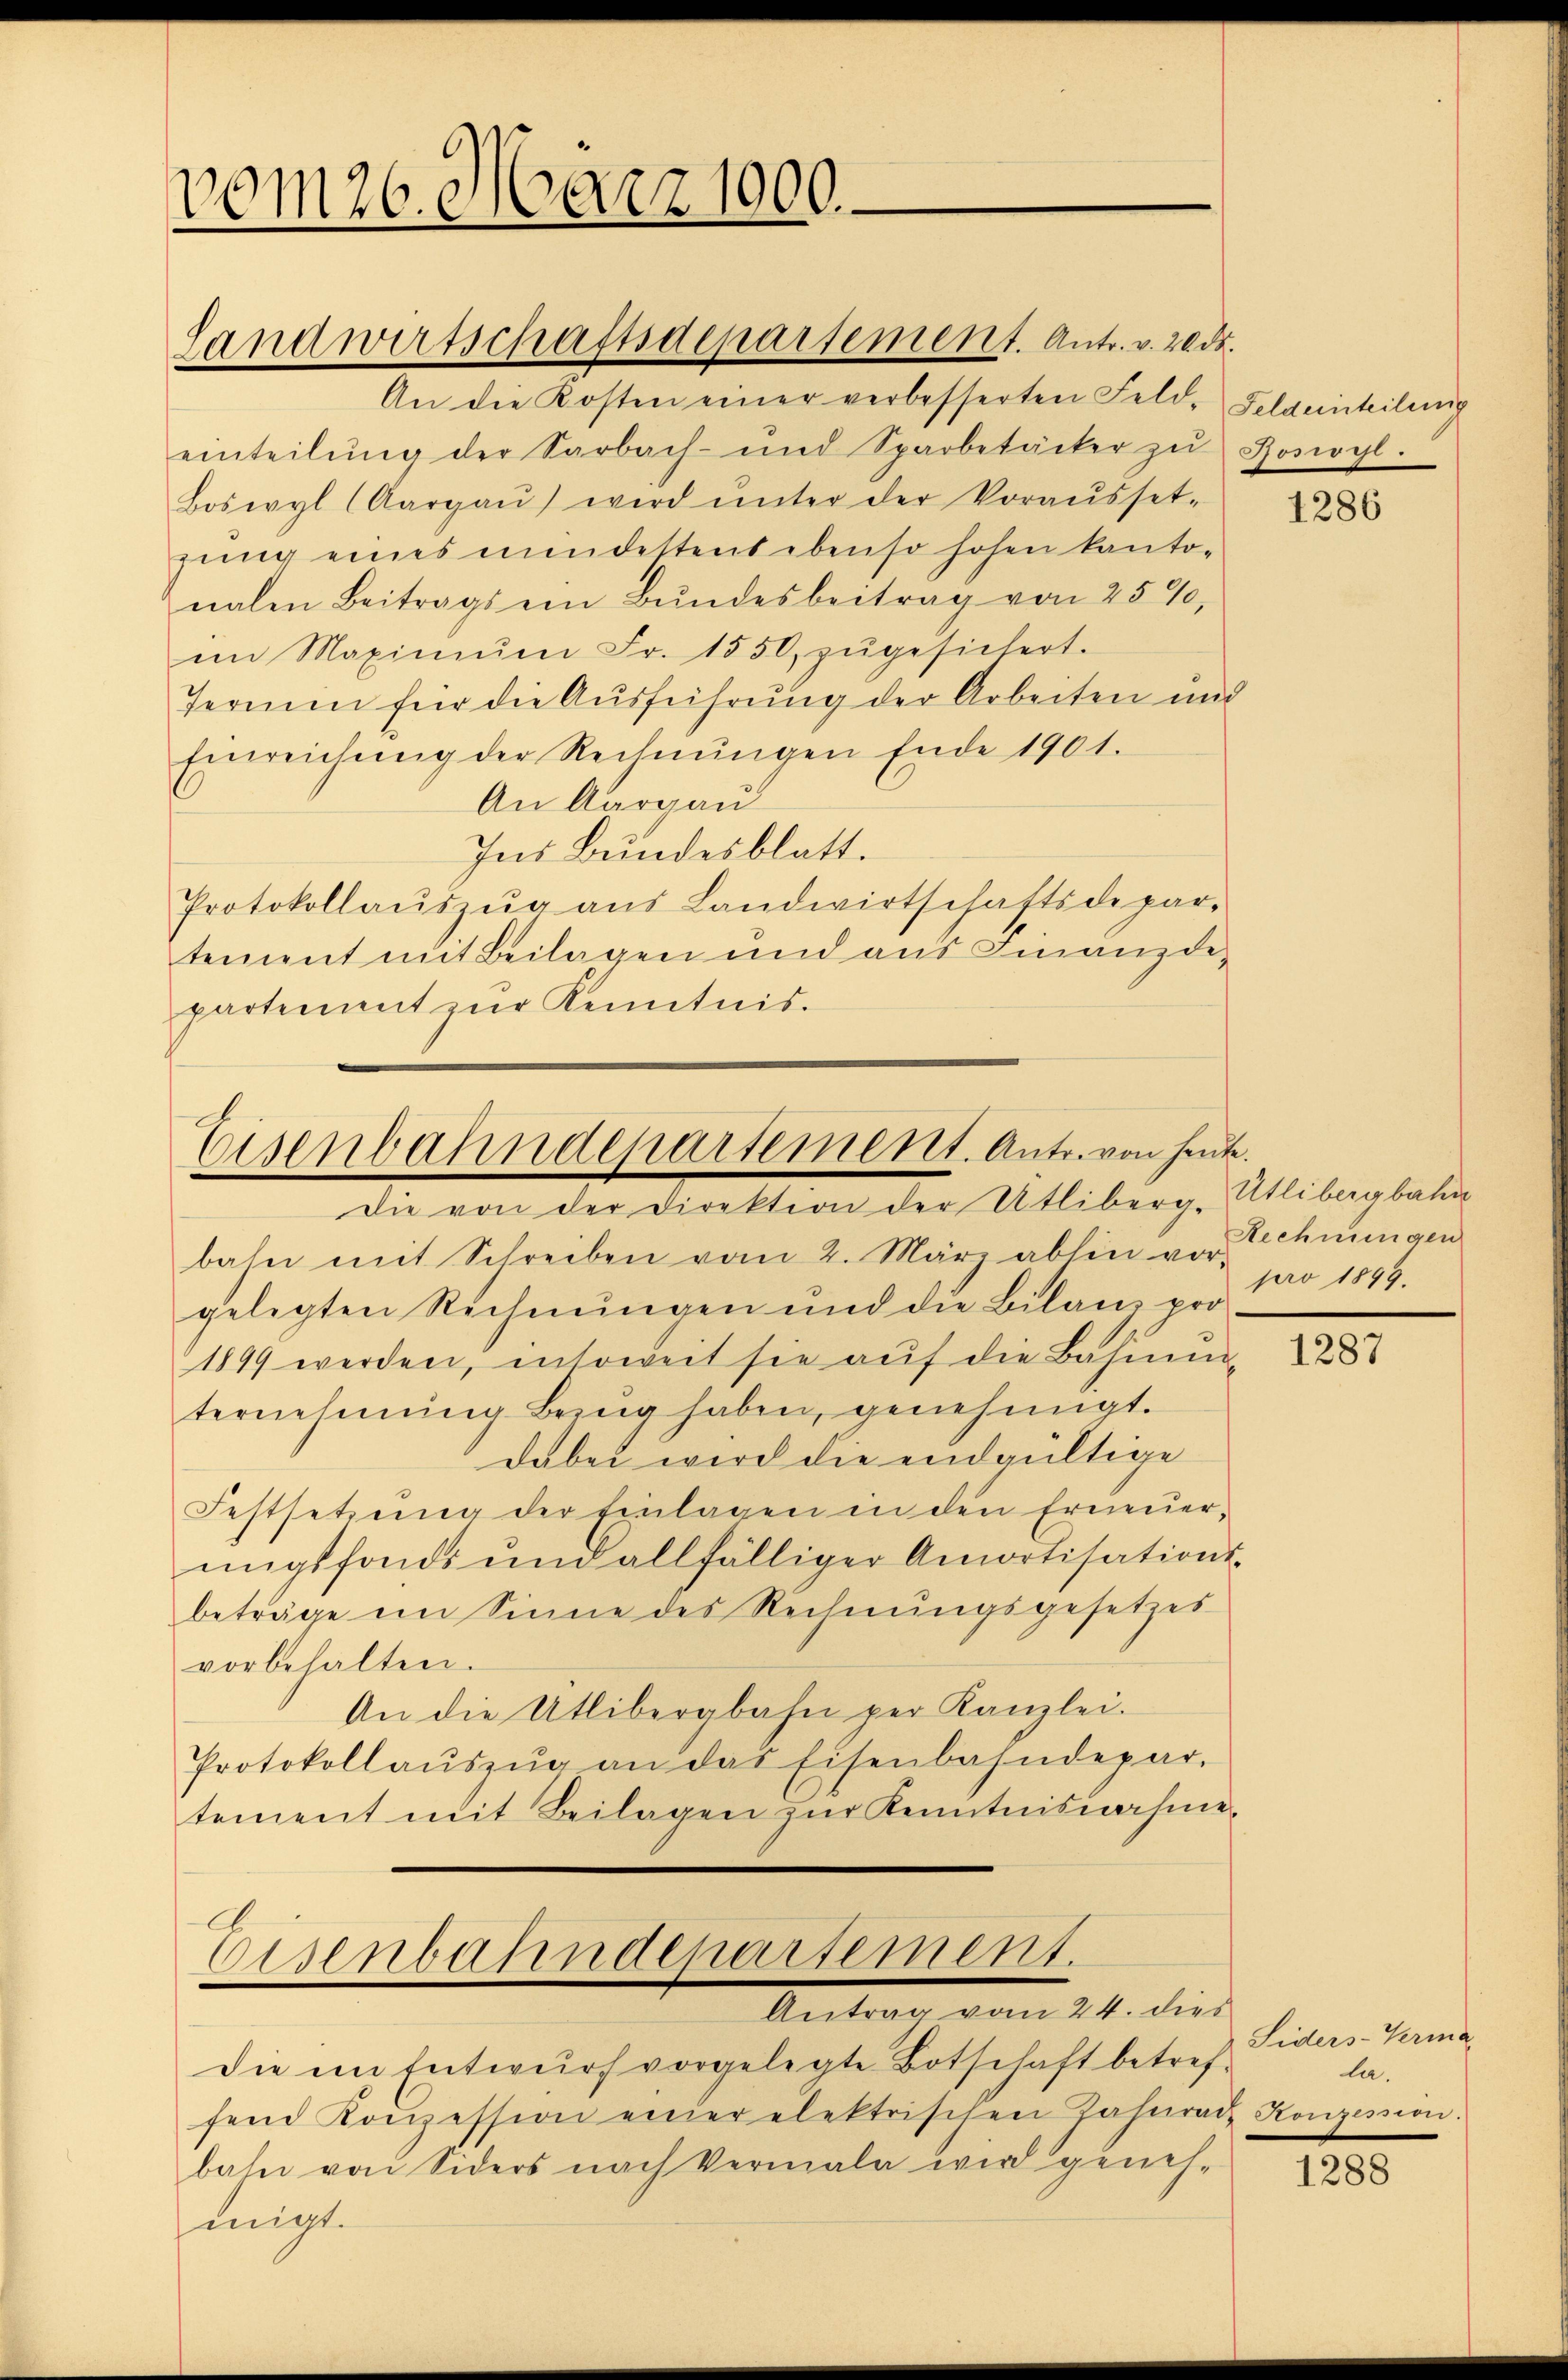
vom 26. März 1900.

An die Kosten einer verbesserten Feld- Feldeinteilung
einteilŭng der Sarbach- und Sparbetäcker zŭ Hosiogl.
Boswyl (Aargaŭ) wird ŭnter der Voraŭsset-
zung eines mindestent ebenso hohen kanto-
nalen Beitrags ein Bŭndesbeitrag von 25%,
in Maximŭm Fr. 1550, zŭgesichert.
Termin für die Ausführung der Arbeiten und
Einreichŭng der Rechnŭngen Ende 1901.
An Aargau
Ins Bundesblatt.
Protokollaŭszŭg aŭs Landwirtschaftsdepar-
tement mit Beilagen und aus Finanzde-
partement zŭr Kenntnis.

Landwirtschaftsdepartement. Antr. v. 20 do.

Eisenbahndepartement. Antr. von heute.
die von der Direktion der Utliberg-Utlibergbahn

bahn mit Schreiben vom 2. März abhin vor Schnungen
gelegten Rechnungen und die Bilanz pro
1899 werden, insoweit sie auf die Bahnmternehmung bring haben, genehmigt.
dabei wird die endgültige
Festsetzŭng der Einlagen in den Erneuer,
ŭngsfonds und allfälliger Amortisations-
beträge im Sinne des Rechnŭngsgesetzes
vorbehalten.
An die Utlibergbahn per Kanzlei.
Protokollaŭszŭg an das Eisenbahndepar-
tement mit Beilagen zur Kenntnisnahme

Eisenbahndepartement.
Antrag vom 24. dies

Die im Entwŭrf vorgelegte Botschaft betref-
fend Konzession einer elektrischen Jahrrad Konzession.
bahn von Siders nach Vermala wird geneh-
migt.

1286

pro 1899.

1287

Siders-Verma
la.

1288